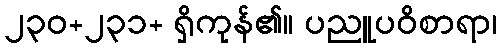
၂၃၀+၂၃၁+ ရှိကုန်၏။ ပညူပဝိစာရာ၊